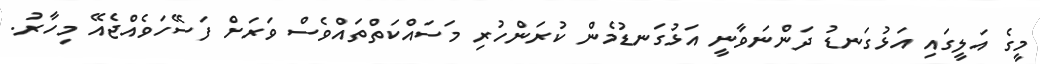
މީގެ އަލީގައި އަޅުގަނޑު ދަންނަވާނީ އަޅުގަނޑުމެން ކުރަންހުރި މަސައްކަތްތައްވެސް ވަރަށް ފަސޭހަވެއްޖެއޭ މިހާރު.